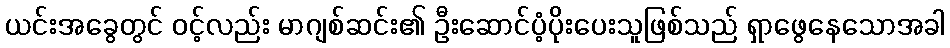
ယင်းအခွေတွင် ၀င့်လည်း မာဂျစ်ဆင်း၏ ဦးဆောင်ပံ့ပိုးပေးသူဖြစ်သည် ရှာဖွေနေသောအခါ